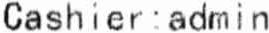
cashier : admin